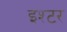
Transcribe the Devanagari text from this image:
इश्टर